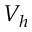
V _ { h }